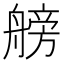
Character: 艕